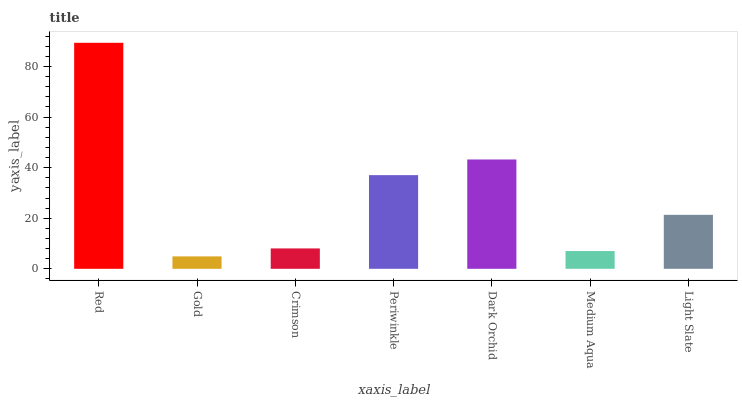
| xaxis_label | bars |
 | --- | --- |
 | Red | 89.4 |
 | Gold | 4.92 |
 | Crimson | 8.06 |
 | Periwinkle | 37.1 |
 | Dark Orchid | 43.2 |
 | Medium Aqua | 7.03 |
 | Light Slate | 21.3 |